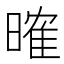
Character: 𣉒